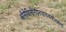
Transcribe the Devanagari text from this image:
श्रीमैथिलीनयनचारुचकोरचन्द्र